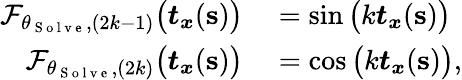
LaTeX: \begin{array}{rl}{\mathcal{F}_{\theta_{\mathrm{~S~o~l~v~e~}},(2k-1)}\big(\boldsymbol{t}_{\boldsymbol{x}}(\mathbf{s})\big)}&{{}=\sin\big(k\boldsymbol{t}_{\boldsymbol{x}}(\mathbf{s})\big)}\\ {\mathcal{F}_{\theta_{\mathrm{~S~o~l~v~e~}},(2k)}\big(\boldsymbol{t}_{\boldsymbol{x}}(\mathbf{s})\big)}&{{}=\cos\big(k\boldsymbol{t}_{\boldsymbol{x}}(\mathbf{s})\big),}\end{array}